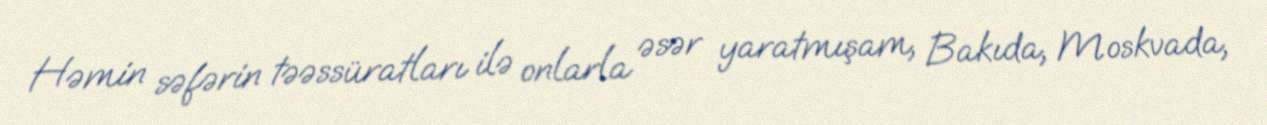
Həmin səfərin təəssüratları ilə onlarla əsər yaratmışam, Bakıda, Moskvada,